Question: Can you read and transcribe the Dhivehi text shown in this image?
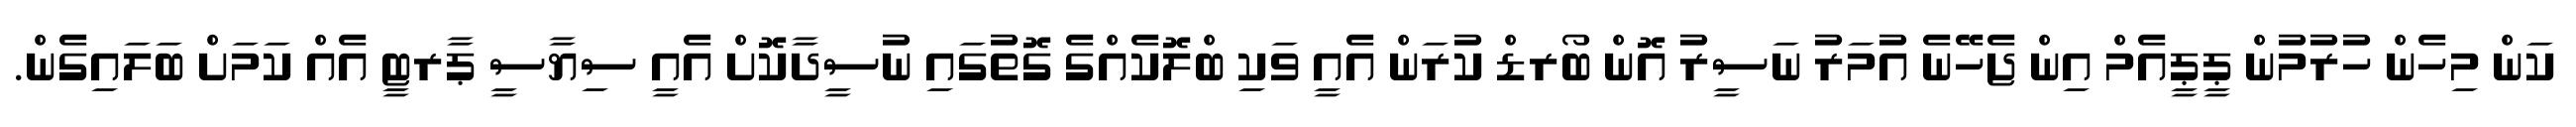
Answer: ކަން މިހެން ހުރުމުން ޕީޕީއެމް އިން ޖެހޭނެ އުމަރު ނަސީރު އޮން ބޯރޑް ކުރަން އެއީ ވަކި ބްލޮކެއްގެ ގޮތުގައި ނުސީދާކޮށް އެއީ ސިޔާސީ ޕާރޓީ އެއް ކަމަށް ބަލައިގެން.